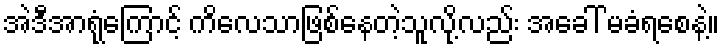
အဲဒီအာရုံကြောင့် ကိလေသာဖြစ်နေတဲ့သူလို့လည်း အခေါ် မခံရစေနဲ့။